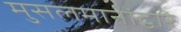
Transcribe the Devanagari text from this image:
मुसलमानांद्वारे